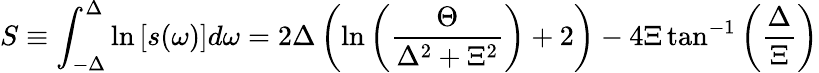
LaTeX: S\equiv\int_{-\Delta}^{\Delta}\ln\left[s(\omega)\right]d\omega=2\Delta\left(\ln\left(\frac{\Theta}{\Delta^{2}+\Xi^{2}}\right)+2\right)-4\Xi\tan^{-1}\left(\frac{\Delta}{\Xi}\right)